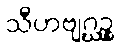
သီဟဗျဂ္ဃဉ္စ